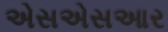
એસએસઆર